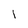
Character: I